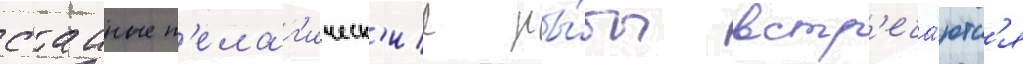
стаиные п'елаг'ическ'ие ры́бы встр'еча́ютс'я